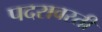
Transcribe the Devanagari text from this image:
पदरावरती